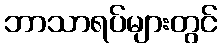
ဘာသာရပ်များတွင်